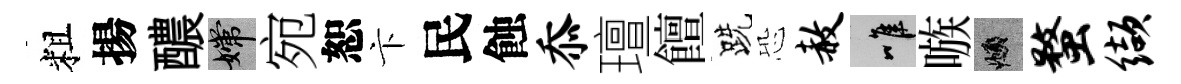
粗揚醲嫦宛恕卞民蝕忝璮饘跣恐赦唯嗾頫蝥缬